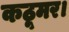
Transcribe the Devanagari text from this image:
कठूमर।